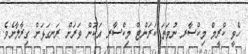
ހެވީ ކްރީމް މިކްސާރ ނުވަތަ ކަރަންޓް މިކްސާރ އަކުން ވަރަށް ރަނގަޅަށް ގިރާލާށެވެ.